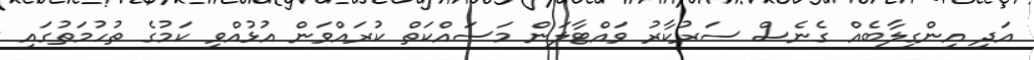
އަދި އިންގިލާބެއް ގެނެސް ސަރުކާރު ވައްޓާލަން މަސައްކަތް ކުރައްވަން އުޅުއްވި ކަމުގެ ތުހުމަތުގައި